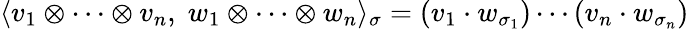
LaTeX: \langle v_{1}\otimes\cdots\otimes v_{n},\; w_{1}\otimes\cdots\otimes w_{n}\rangle_{\sigma}=(v_{1}\cdot w_{\sigma_{1}})\cdots(v_{n}\cdot w_{\sigma_{n}})